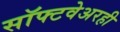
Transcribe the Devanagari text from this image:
सॉफ्टवेअरही